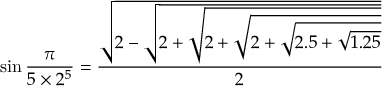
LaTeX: \sin { \frac { \pi } { 5 \times 2 ^ { 5 } } } = { \frac { \sqrt { 2 - { \sqrt { 2 + { \sqrt { 2 + { \sqrt { 2 + { \sqrt { 2 . 5 + { \sqrt { 1 . 2 5 } } } } } } } } } } } } { 2 } }